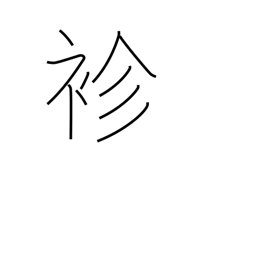
Meaning: thin kimono